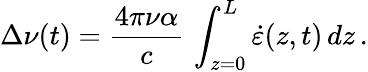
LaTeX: \Delta\nu(t)=\frac{4\pi\nu\alpha}{c}\, \int_{z=0}^{L}\dot{\varepsilon}(z,t)\, dz\, .